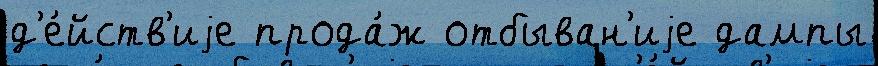
д'е́йств'иjе прода́ж отбыван'иjе дампы